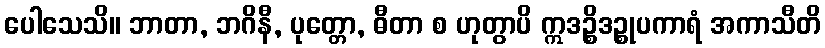
ပေါသေသိ။ ဘာတာ, ဘဂိနီ, ပုတ္တော, ဓီတာ စ ဟုတွာပိ ဣဒဉ္စိဒဉ္စုပကာရံ အကာသီတိ